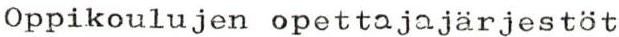
Oppikoulujen opettajajärjestöt